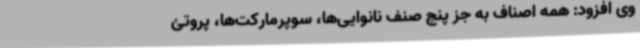
وی افزود: همه اصناف به جز پنج صنف نانوایی‌ها، سوپرمارکت‌ها، پروتئ